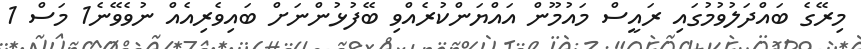
މިރޭގެ ބައްދަލުވުމުގައި ރައީސް މައުމޫން އައްޔަންކުރެއްވި ބޭފުޅުންނަށް ބައިވެރިއެއް ނުވެވޭނެ1 މަސް 1